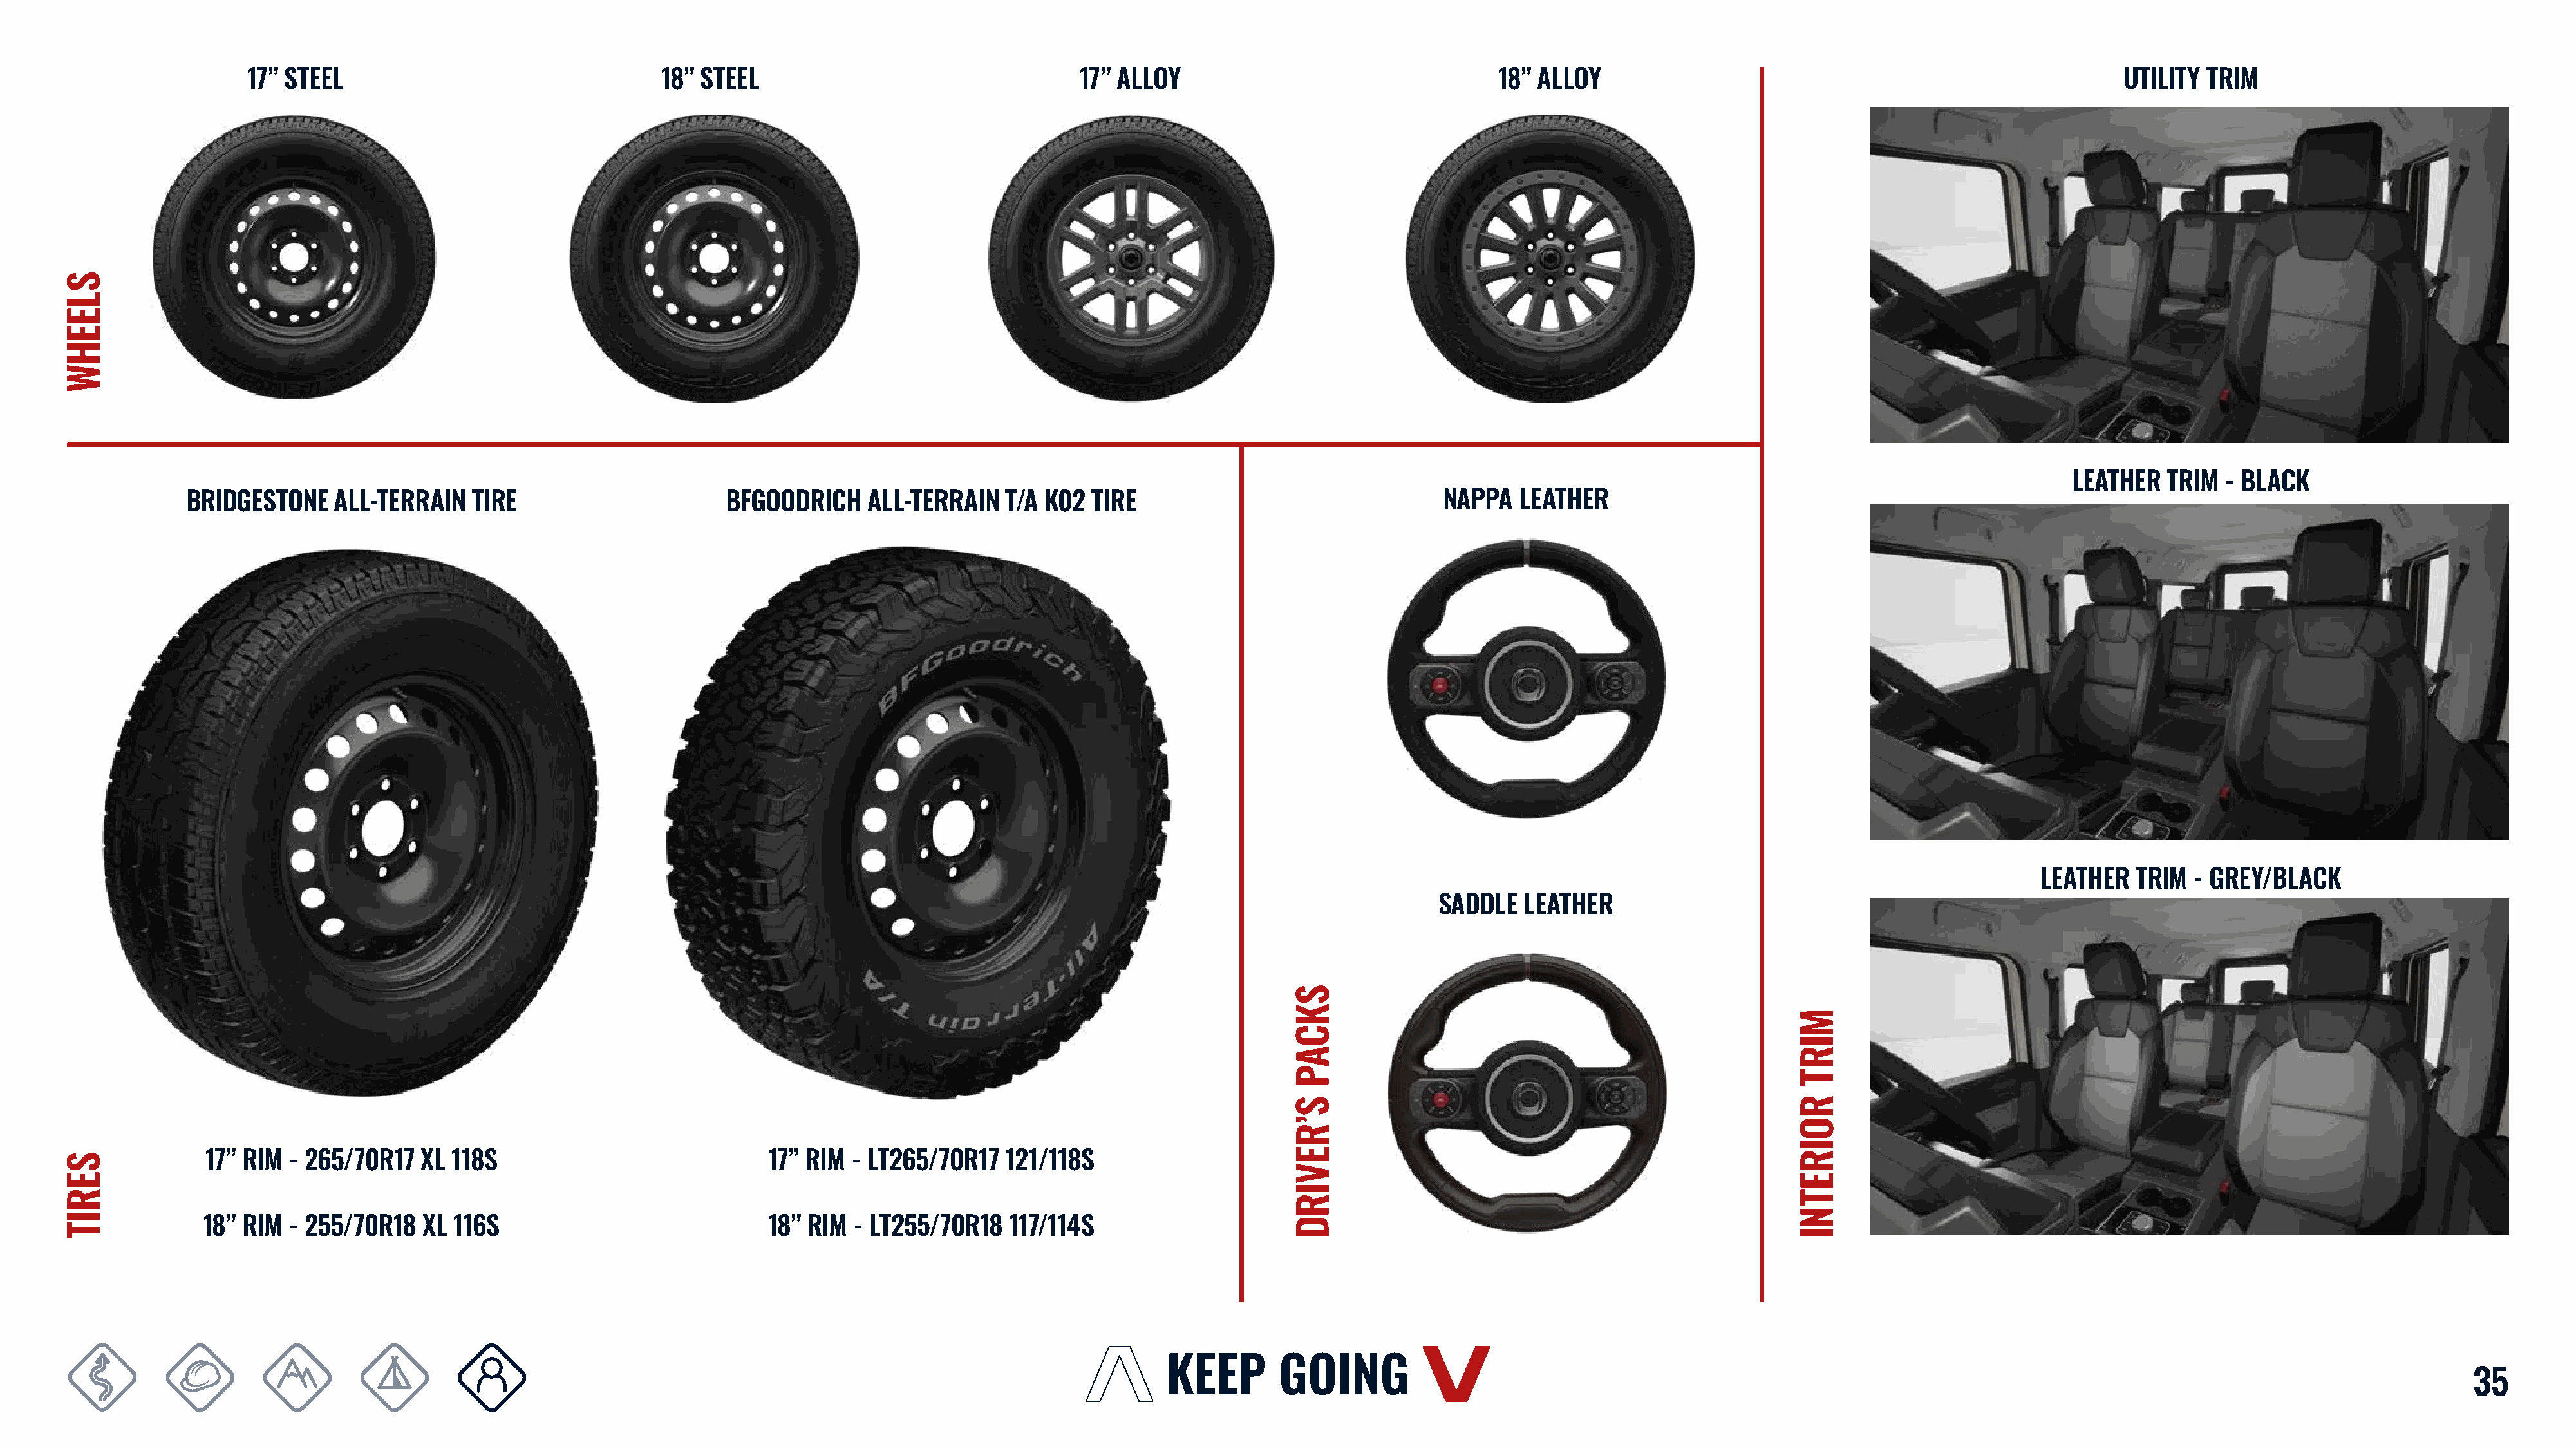
17” STEEL                                  18” STEEL                                  17” ALLOY                                  18” ALLOY                                                       UTILITY  TRIM
 LEATHER   TRIM  - BLACK
 BRIDGESTONE    ALL-TERRAIN    TIRE                      BFGOODRICH    ALL-TERRAIN   T/A K02  TIRE                                NAPPA   LEATHER
 LEATHER   TRIM  - GREY/BLACK
 SADDLE   LEATHER
 17” RIM  - 265/70R17  XL 118S                             17” RIM  - LT265/70R17  121/118S
 18” RIM  - 255/70R18  XL  116S                            18” RIM  - LT255/70R18   117/114S
 35
 SLEEHW
 SERIT
 SKCAP
 S’REVIRD
 MIRT
 ROIRETNI